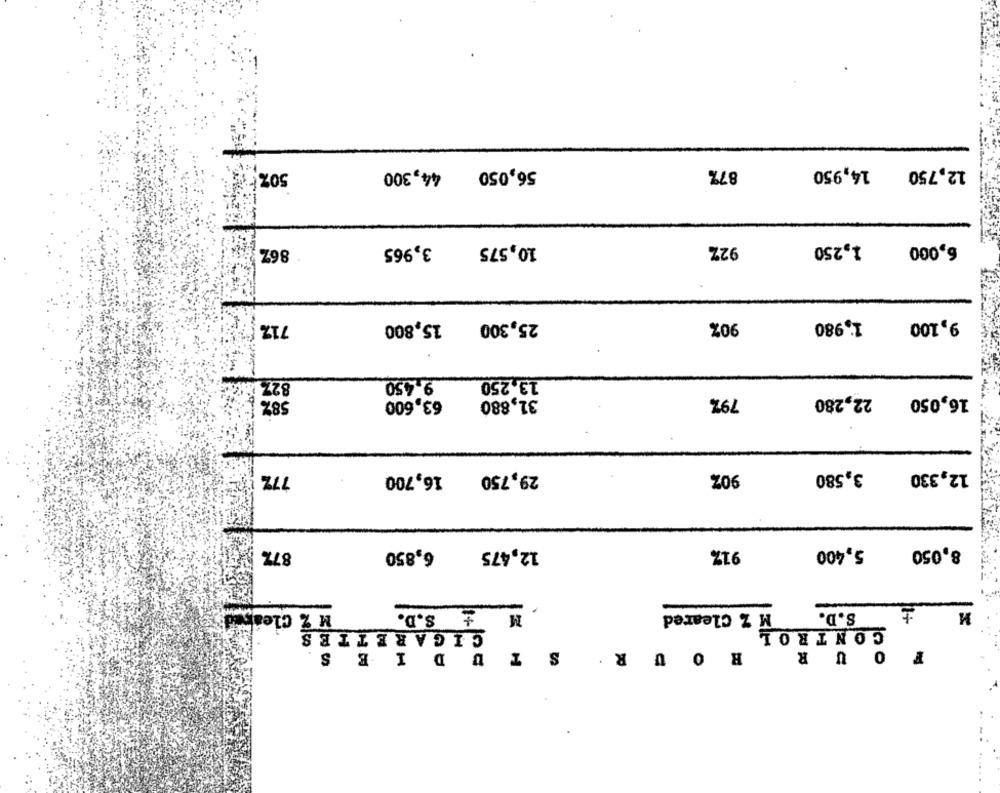
50%{
44,300
56,050
87%
14,950
12,750
10,575
92%
1,250
6,000
867
3,965
71%
15,800
25,300
90%
1,980
9,100
9,450
13,250
827
58%
79%
22,280
16,050
63,600
31,880
77%
16,700
29,750
90%
3,580
12,330
87%
6,850
12,475
91%
5,400
8,050
--
M Z Cleared
M + S.D.
S.D.
M Z Cleared
CIGARETTES
CONTROL
STUDIES.
OUR ROU
R .